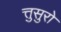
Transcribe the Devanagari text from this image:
त्तुसुरो